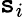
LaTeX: \boldsymbol{\mathtt{s}}_{i}